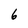
Character: 6